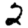
Digit: 2